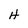
Character: H